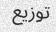
توزیع